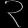
Digit: ၃